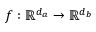
f : \mathbb { R } ^ { d _ { a } } \rightarrow \mathbb { R } ^ { d _ { b } }